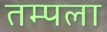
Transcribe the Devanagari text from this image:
तम्पला